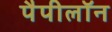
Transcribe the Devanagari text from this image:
पैपीलॉन